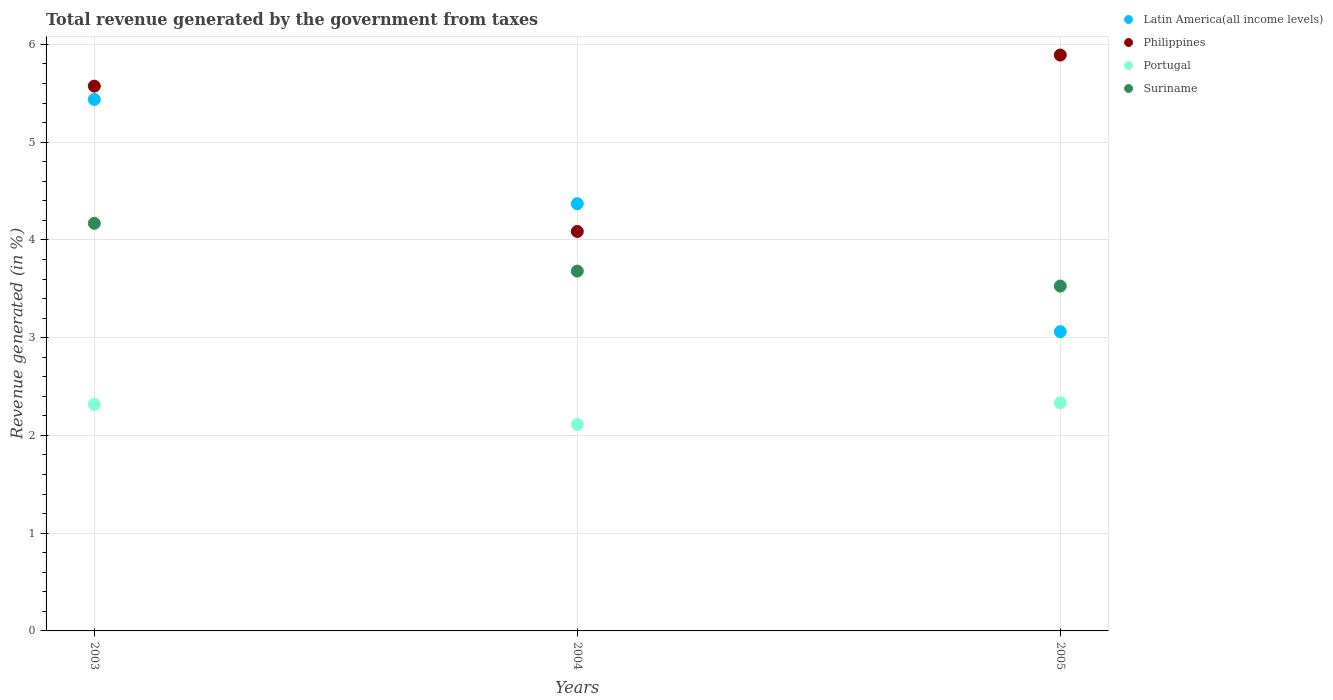
| Years | Latin America(all income levels) | Philippines | Portugal | Suriname |
 | --- | --- | --- | --- | --- |
 | 2003 | 5.44 | 5.57 | 2.32 | 4.17 |
 | 2004 | 4.37 | 4.09 | 2.11 | 3.68 |
 | 2005 | 3.06 | 5.89 | 2.33 | 3.53 |